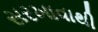
સરખાવાથી